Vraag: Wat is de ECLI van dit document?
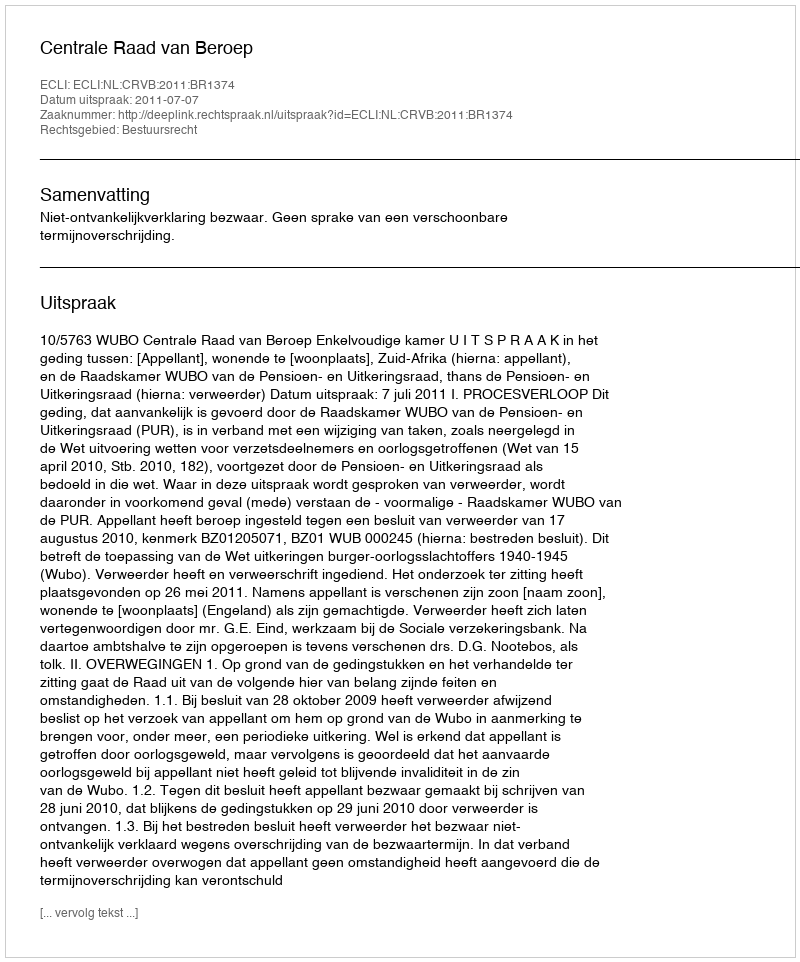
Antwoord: ECLI:NL:CRVB:2011:BR1374